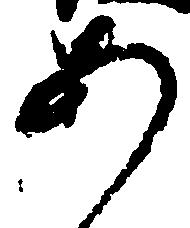
あ